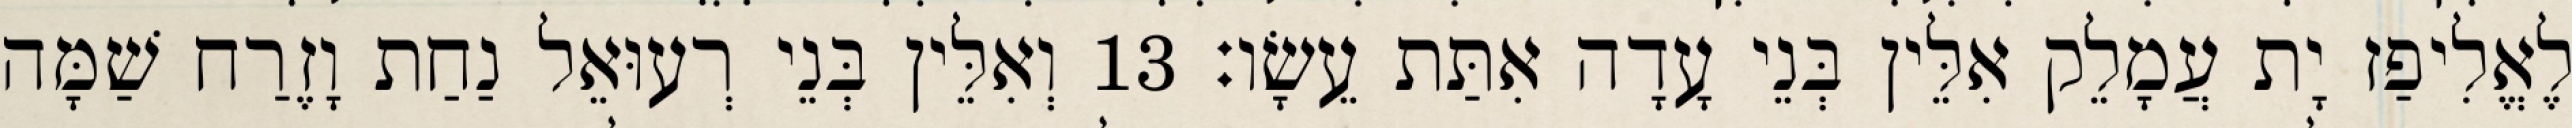
לֶאֱלִיפַז יָת עֲמָלֵק אִלֵּין בְּנֵי עָדָה אִתַּת עֵשָׂו׃ 13 וְאִלֵּין בְּנֵי רְעוּאֵל נַחַת וָזֶרַח שַׁמָּה